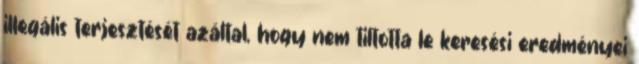
illegális terjesztését azáltal, hogy nem tiltotta le keresési eredményei